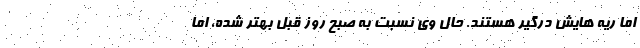
اما ریه هایش درگیر هستند. حال وی نسبت به صبح روز قبل بهتر شده، اما